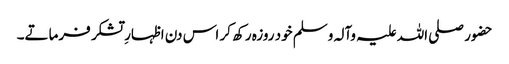
حضور صلی اللہ علیہ وآلہ وسلم خود روزہ رکھ کر اس دن اظہارِ تشکر فرماتے۔